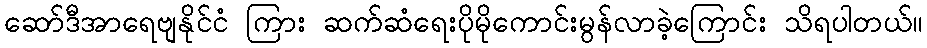
ဆော်ဒီအာရေဗျနိုင်ငံ ကြား ဆက်ဆံရေးပိုမိုကောင်းမွန်လာခဲ့ကြောင်း သိရပါတယ်။